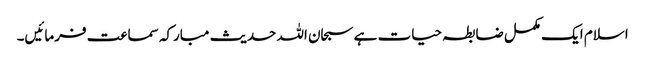
اسلام ایک مکمل ضابطہ حیات ہے سبحان اللہ حدیث مبارکہ سماعت فرمائیں۔